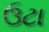
ઉટા